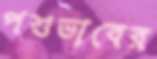
পশুভাবের